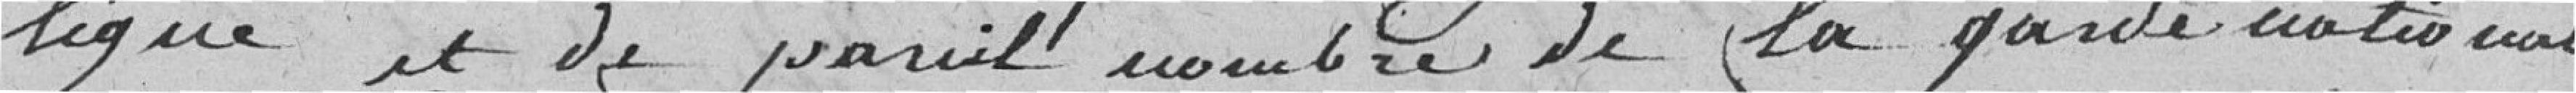
ligue et de pareil nombre de la garde nationale